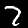
Label: 7